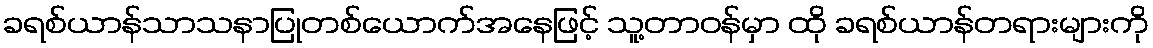
ခရစ်ယာန်သာသနာပြုတစ်ယောက်အနေဖြင့် သူ့တာဝန်မှာ ထို ခရစ်ယာန်တရားများကို